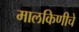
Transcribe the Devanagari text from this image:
मालकिणीचे